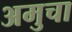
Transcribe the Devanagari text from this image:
अमुचा